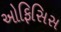
ઓફિસિસ